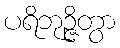
ပရိဘုဉ္ဇိတွာ